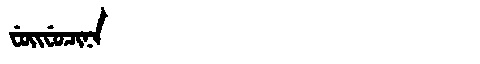
Manchu: ᠸᡠᡳᠸᡠᠴᡳᠨᠠ
Romanization: FUIFUCINA